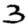
Digit: 3